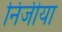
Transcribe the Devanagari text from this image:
निजीया